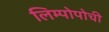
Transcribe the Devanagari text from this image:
लिम्पोपोची